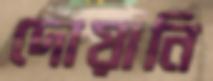
দোয়ানি